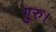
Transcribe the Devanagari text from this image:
गुरु।